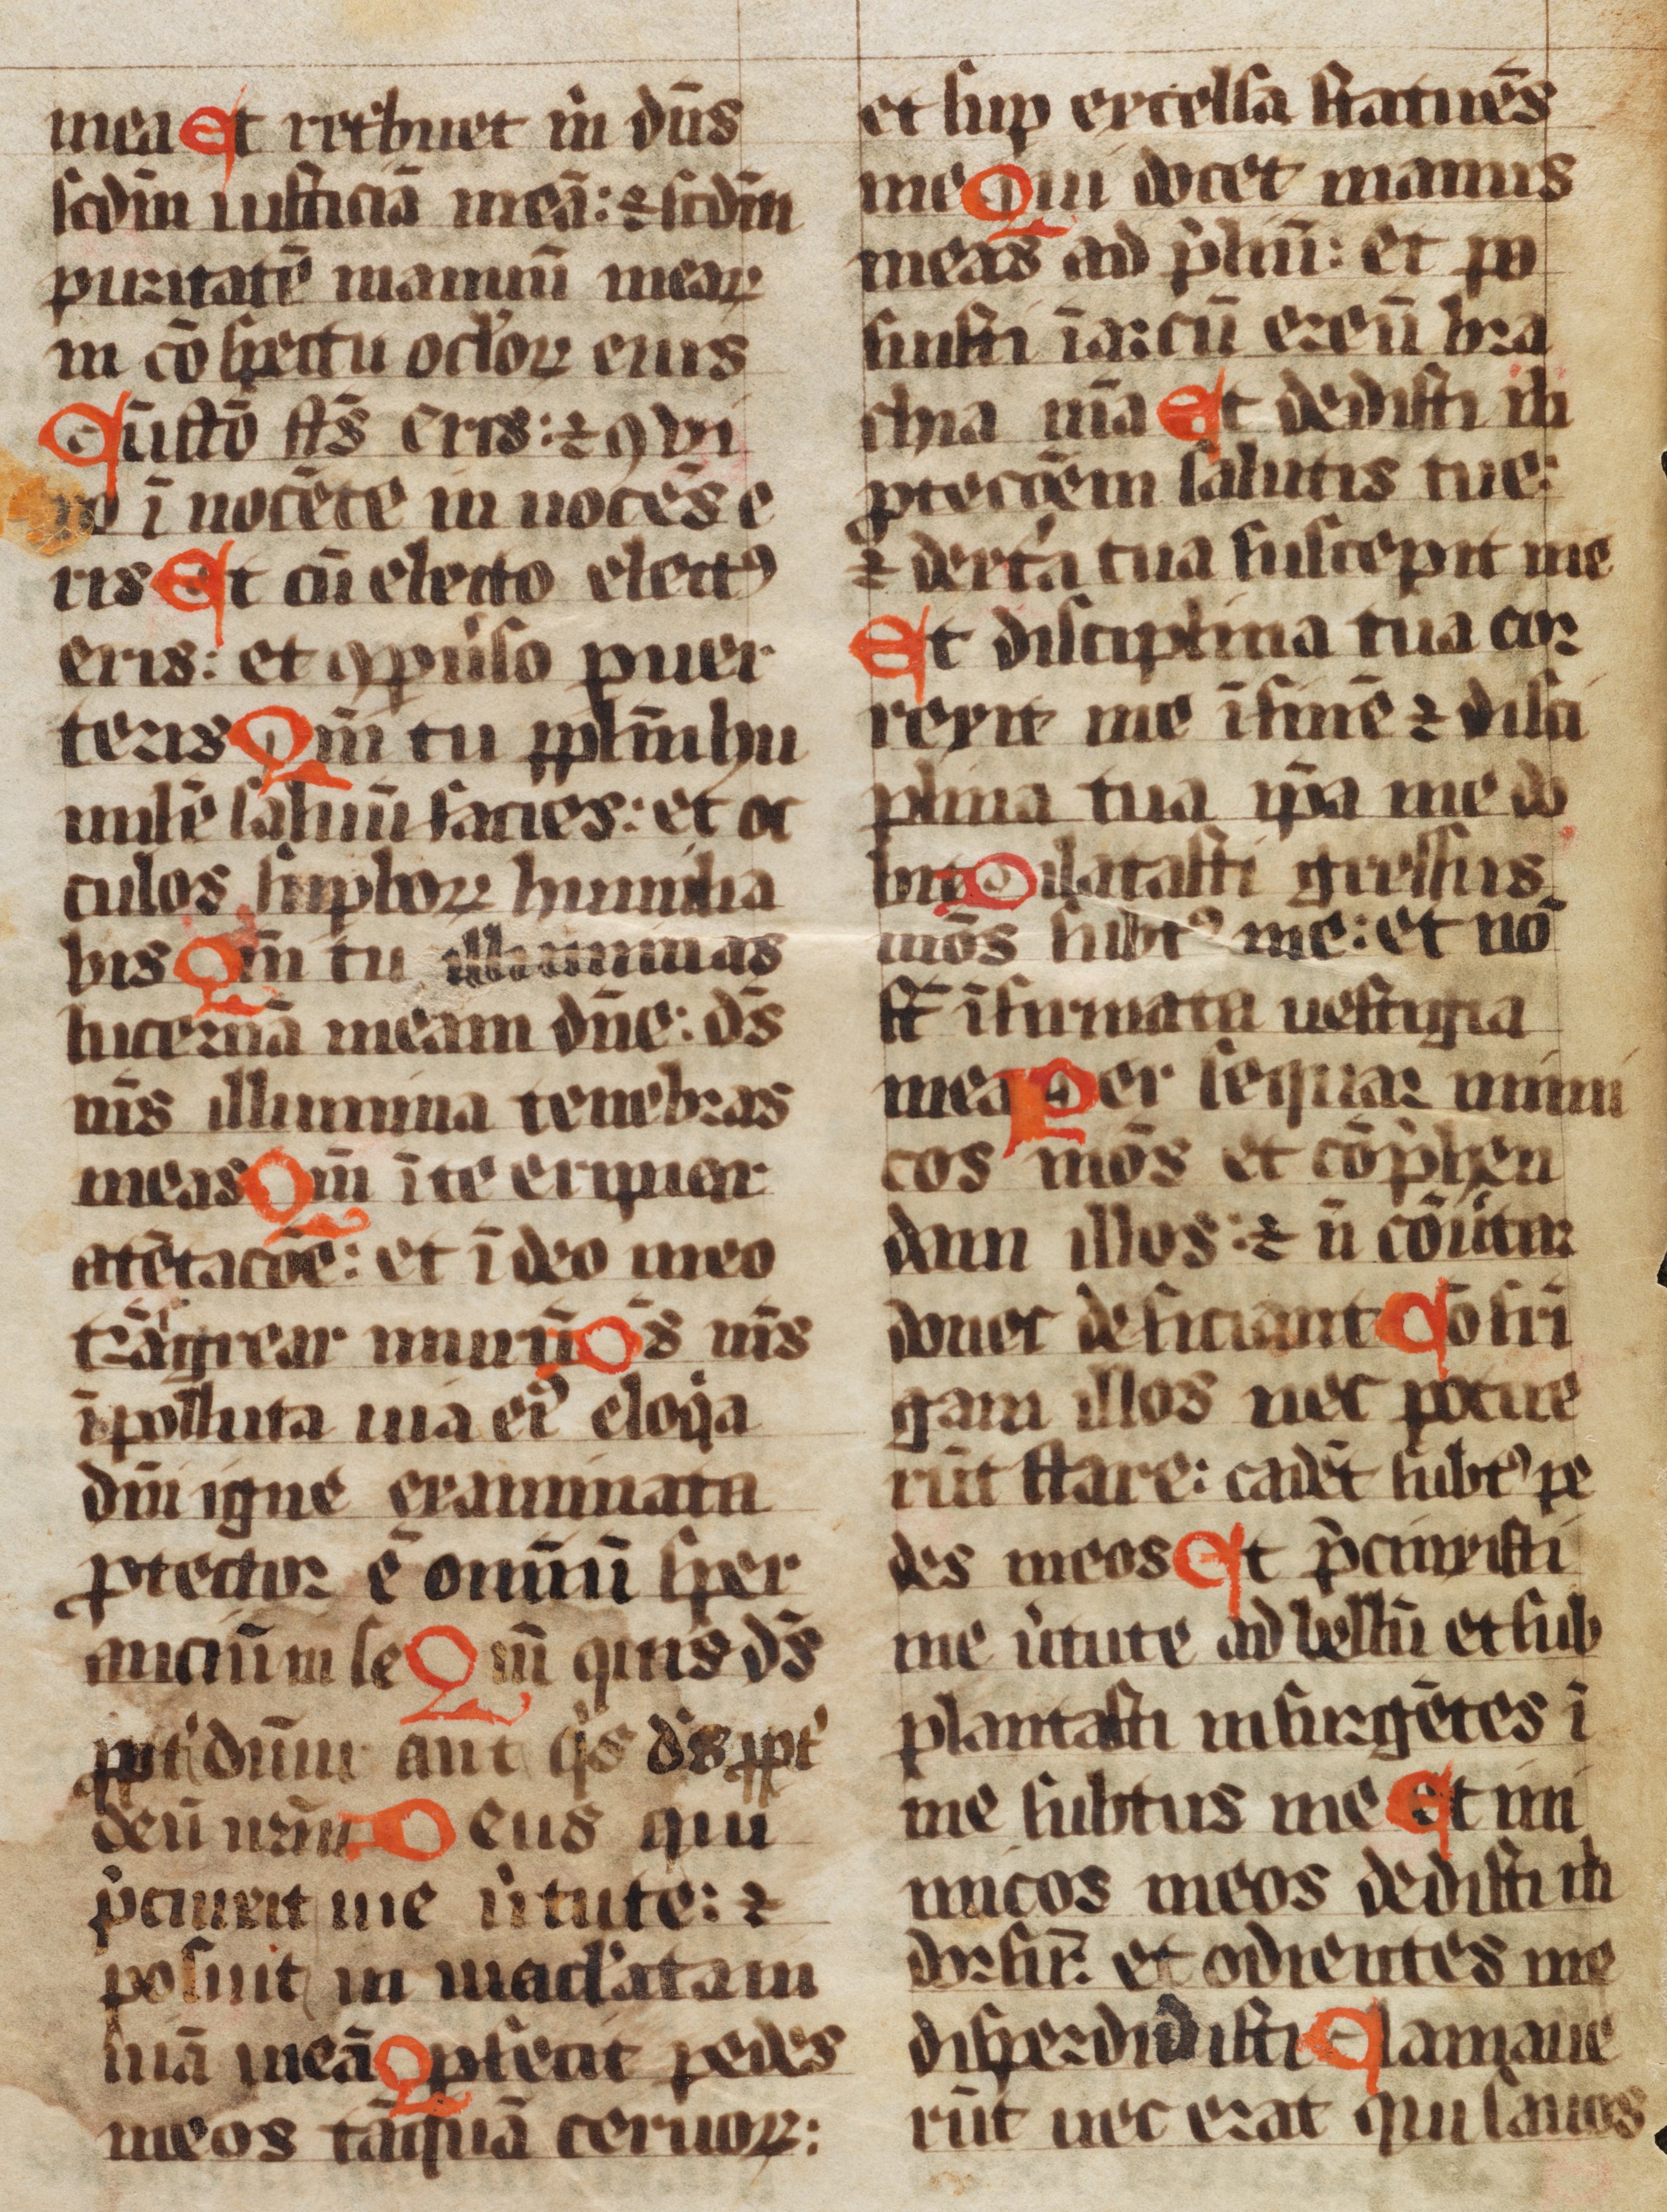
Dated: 1150–1199